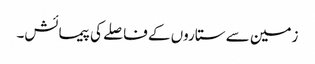
زمین سے ستاروں کے فاصلے کی پیمائش۔